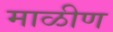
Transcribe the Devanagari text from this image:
माळीण